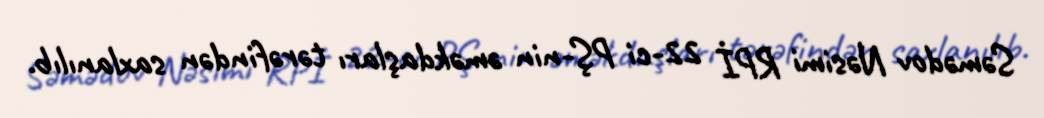
Səmədov Nəsimi RPİ 22-ci PŞ-nin əməkdaşları tərəfindən saxlanılıb.